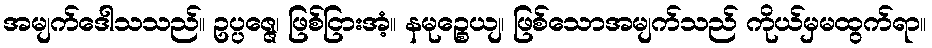
အမျက်ဒေါသသည်။ ဥပ္ပဇ္ဇေ၊ ဖြစ်ငြားအံ့။ နမုဉ္စေယျ၊ ဖြစ်သောအမျက်သည် ကိုယ်မှမထွက်ရာ။